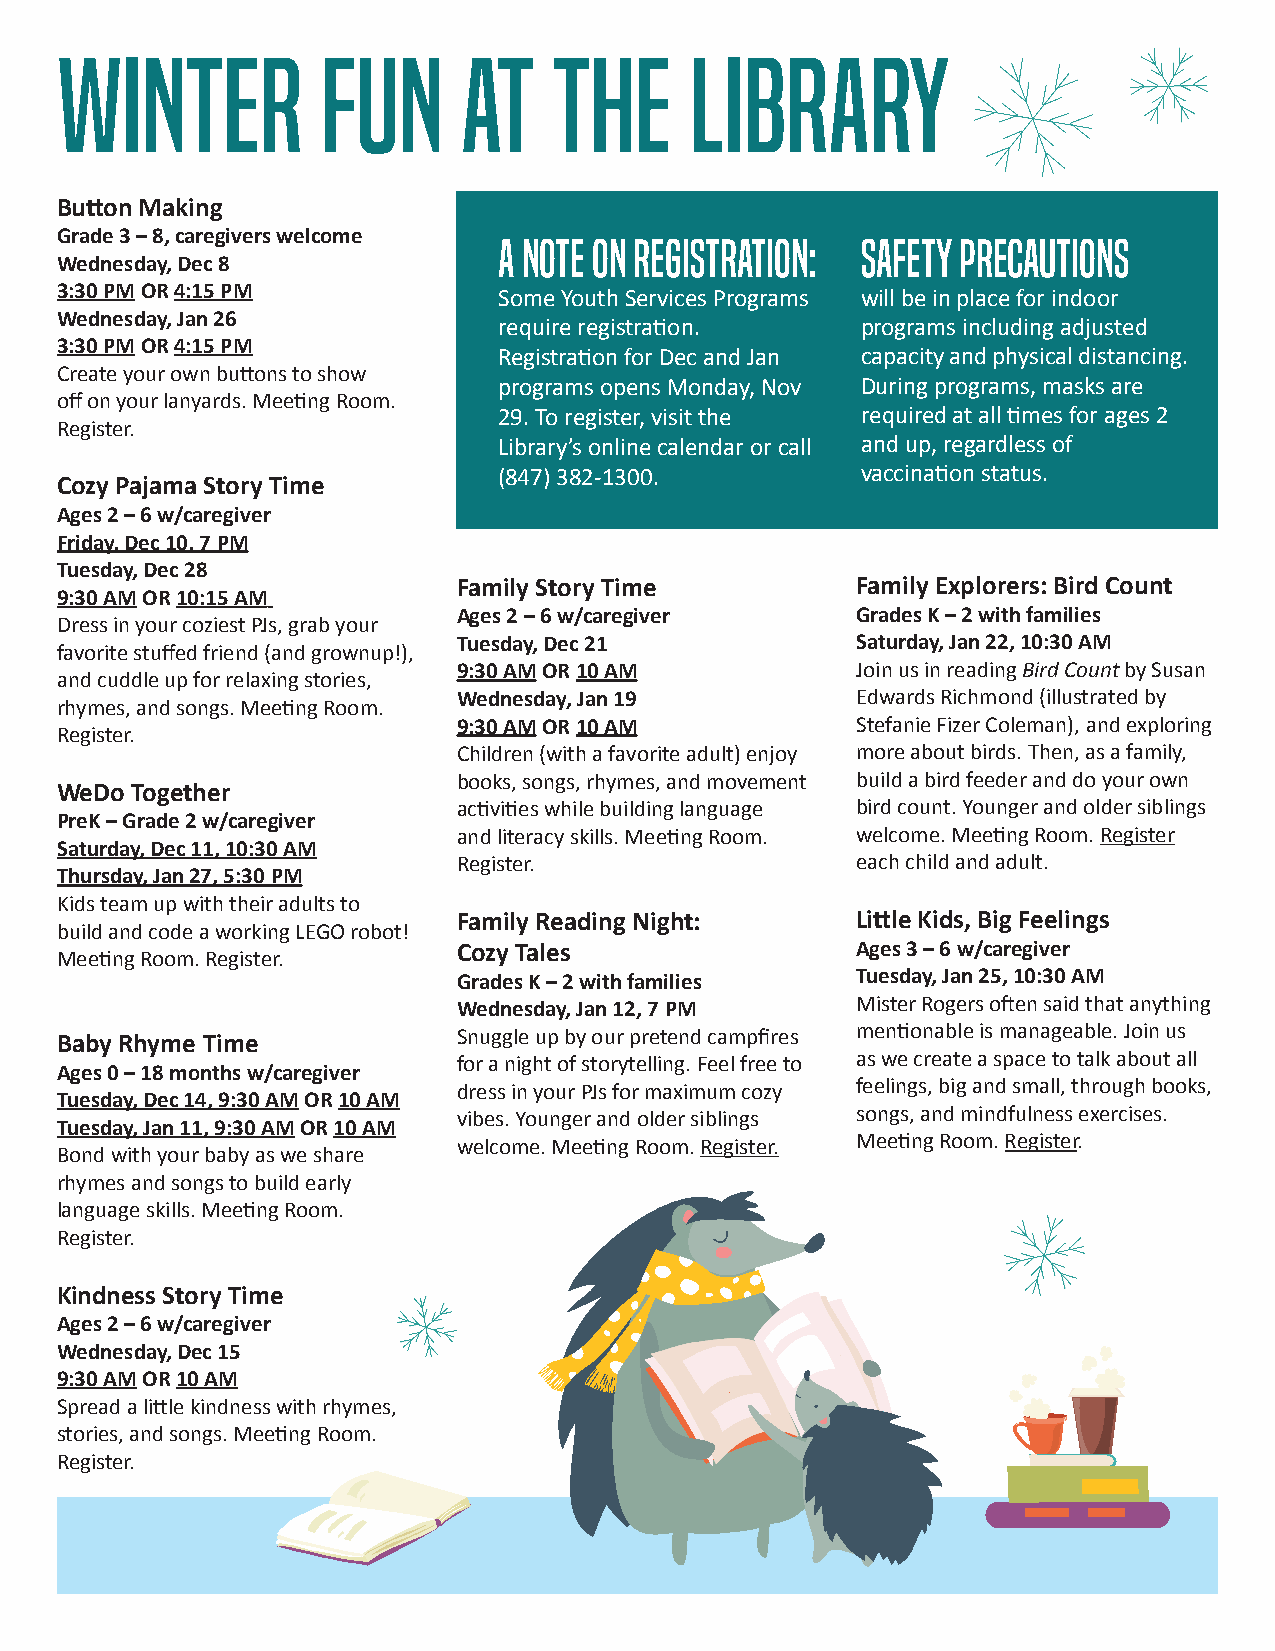
Winter           Fun       At    The      Library
 Button Making
 Grade 3 – 8, caregivers welcome
 A note on registration: Safety precautions
 Wednesday, Dec 8
 3:30 PM OR 4:15 PM
 Some Youth Services Programs will be in place for indoor
 Wednesday, Jan 26
 require registration.   programs including adjusted
 3:30 PM OR 4:15 PM
 Registration for Dec and Jan capacity and physical distancing.
 Create your own buttons to show
 programs opens Monday, Nov During programs, masks are
 off on your lanyards. Meeting Room.
 29. To register, visit the required at all times for ages 2
 Register.
 Library’s online calendar or call and up, regardless of
 (847) 382-1300.         vaccination status.
 Cozy Pajama Story Time
 Ages 2 – 6 w/caregiver
 Friday, Dec 10, 7 PM
 Tuesday, Dec 28
 Family Story Time          Family Explorers: Bird Count
 9:30 AM OR 10:15 AM
 Ages 2 – 6 w/caregiver     Grades K – 2 with families
 Dress in your coziest PJs, grab your
 Tuesday, Dec 21            Saturday, Jan 22, 10:30 AM
 favorite stuffed friend (and grownup!),
 9:30 AM OR 10 AM           Join us in reading Bird Count by Susan
 and cuddle up for relaxing stories,
 Wednesday, Jan 19          Edwards Richmond (illustrated by
 rhymes, and songs. Meeting Room.
 9:30 AM OR 10 AM           Stefanie Fizer Coleman), and exploring
 Register.
 Children (with a favorite adult) enjoy more about birds. Then, as a family,
 books, songs, rhymes, and movement build a bird feeder and do your own
 WeDo Together
 activities while building language bird count. Younger and older siblings
 PreK – Grade 2 w/caregiver
 and literacy skills. Meeting Room. welcome. Meeting Room. Register
 Saturday, Dec 11, 10:30 AM
 Register.                  each child and adult.
 Thursday, Jan 27, 5:30 PM
 Kids team up with their adults to
 Family Reading Night:      Little Kids, Big Feelings
 build and code a working LEGO robot!
 Cozy Tales                 Ages 3 – 6 w/caregiver
 Meeting Room. Register.
 Grades K – 2 with families Tuesday, Jan 25, 10:30 AM
 Wednesday, Jan 12, 7 PM    Mister Rogers often said that anything
 Baby Rhyme Time           Snuggle up by our pretend campfires mentionable is manageable. Join us
 for a night of storytelling. Feel free to as we create a space to talk about all
 Ages 0 – 18 months w/caregiver
 dress in your PJs for maximum cozy feelings, big and small, through books,
 Tuesday, Dec 14, 9:30 AM OR 10 AM
 vibes. Younger and older siblings songs, and mindfulness exercises.
 Tuesday, Jan 11, 9:30 AM OR 10 AM
 welcome. Meeting Room. Register. Meeting Room. Register.
 Bond with your baby as we share
 rhymes and songs to build early
 language skills. Meeting Room.
 Register.
 Kindness Story Time
 Ages 2 – 6 w/caregiver
 Wednesday, Dec 15
 9:30 AM OR 10 AM
 Spread a little kindness with rhymes,
 stories, and songs. Meeting Room.
 Register.